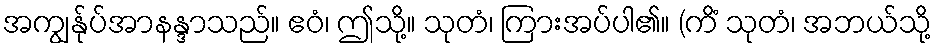
အကျွန်ုပ်အာနန္ဒာသည်။ ဧဝံ၊ ဤသို့။ သုတံ၊ ကြားအပ်ပါ၏။ (ကိံ သုတံ၊ အဘယ်သို့